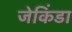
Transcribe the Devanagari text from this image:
जेकिंडा